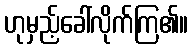
ဟုမှည့်ခေါ်လိုက်ကြ၏။